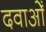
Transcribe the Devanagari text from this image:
दवाओँ